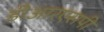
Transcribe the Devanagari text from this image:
डीआरएसपी